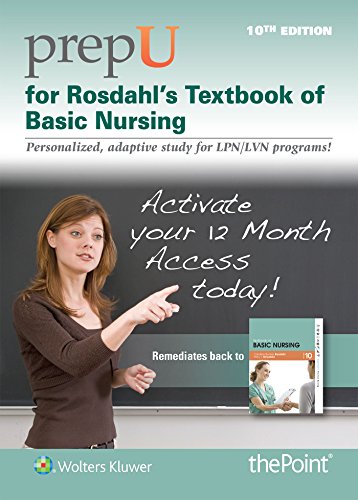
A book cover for PrepU for Rosdahl's Textbook of Basic Nursing; Caroline Rosdahl RN  BSN  MA; Medical Books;